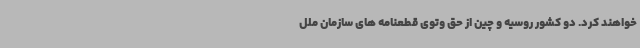
خواهند کرد. دو کشور روسیه و چین از حق وتوی قطعنامه های سازمان ملل